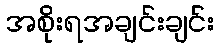
အစိုးရအချင်းချင်း